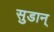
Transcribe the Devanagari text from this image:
सुडान्